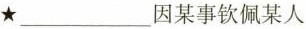
★ ___ 因某事钦佩某人